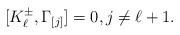
LaTeX: \begin{align*}[K_{\ell}^{\pm}, \Gamma_{[j]}]=0,j\neq \ell+1.\end{align*}